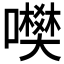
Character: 𡃎